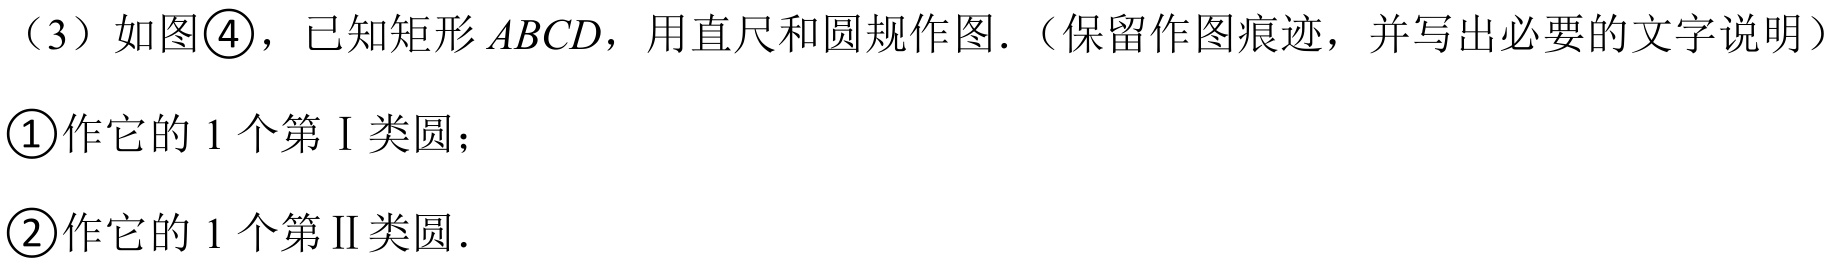
（3）如图\textcircled{4}，已知矩形\(ABCD\)，用直尺和圆规作图．（保留作图痕迹，并写出必要的文字说明）
\textcircled{1}作它的 1 个第Ⅰ类圆；
\textcircled{2}作它的 1 个第Ⅱ类圆．